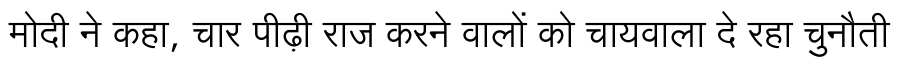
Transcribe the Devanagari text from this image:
मोदी ने कहा, चार पीढ़ी राज करने वालों को चायवाला दे रहा चुनौती